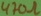
Text: 470Ω